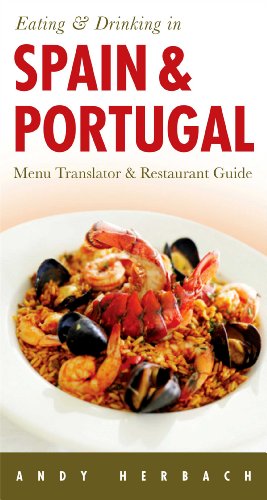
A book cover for Eating & Drinking in Spain & Portugal (Open Road Travel Guides); Andy Herbach; Travel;